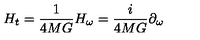
H _ { t } = { \frac { 1 } { 4 M G } } H _ { \omega } = { \frac { i } { 4 M G } } \partial _ { \omega }